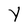
Character: Y